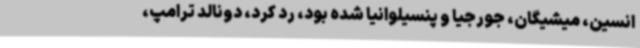
انسین، میشیگان، جورجیا و پنسیلوانیا شده بود، رد کرد، دونالد ترامپ،